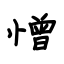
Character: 憎